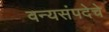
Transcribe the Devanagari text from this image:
वन्यसंपदेचे